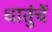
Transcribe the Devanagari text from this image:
धातुंचें